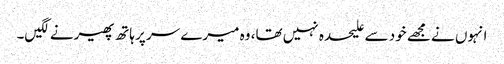
انہوں نے مجھے خود سے علیحدہ نہیں تھا، وہ میرے سر پر ہاتھ پھیرنے لگیں۔